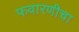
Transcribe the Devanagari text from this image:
फवारणीचा